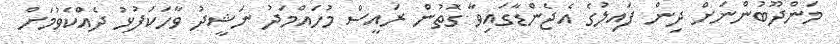
މަންދޫބުންނަށް ދިން ފައިލުގެ އެޖެންޑާގައިވާ ގޮތުން ރައީސް މުހައްމަދު ނަޝީދު ވާހަކަފުޅު ދެއްކެވުމަށް